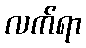
လက်ရာ